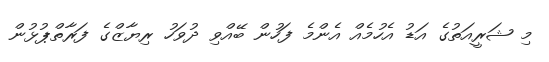
މި ޝަރީއަތުގެ އަޑު އެހުމެއް އެންމެ ފަހުން ބޭއްވި ދުވަހު ރިޔާޒްގެ ފަރާތްޕުޅުން